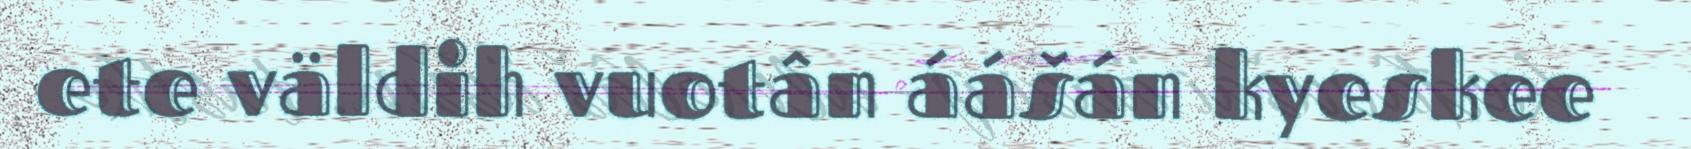
ete väldih vuotân áášán kyeskee